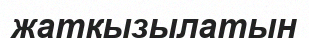
жатқызылатын